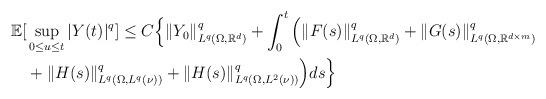
LaTeX: \begin{align*} \mathbb{E}[&\sup_{0\leq u\leq t}|Y(t)|^q]\leq C\Big\{\| Y_0\|_{L^q(\Omega, \mathbb R^d)}^q+ \int_0^t \Big(\| F(s) \|_{L^q(\Omega,\mathbb R^d)}^q+\| G(s) \|_{L^q(\Omega, \mathbb R^{d\times m})}^q\\&+\| H(s) \|^q_{L^q(\Omega, L^q(\nu))} +\| H(s) \|^q_{L^q(\Omega, L^2(\nu))}\Big)ds\Big\}\end{align*}